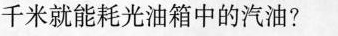
千米就能耗光油箱中的汽油?